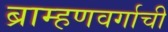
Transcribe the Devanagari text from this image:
ब्राम्हणवर्गाची